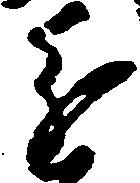
進